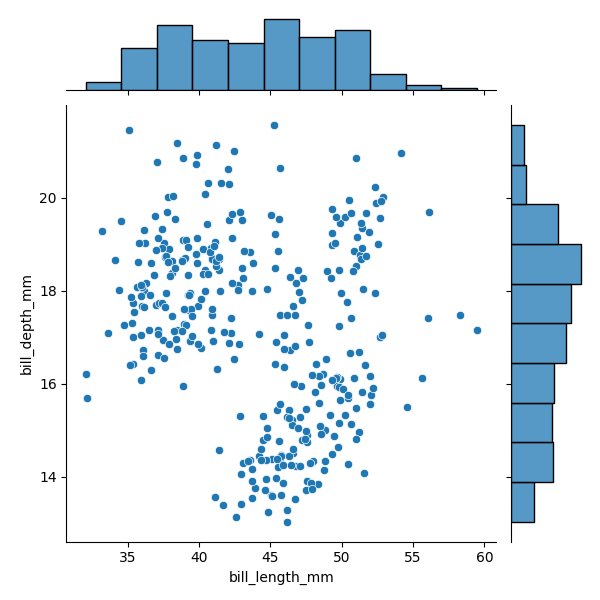
python, seaborn, JointGrid, scatterplot, histplot